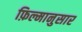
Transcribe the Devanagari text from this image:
फ़िल्मानुसार